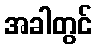
အခါတွင်